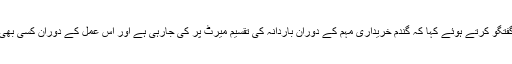
ڈپٹی کمشنر سائرہ عمر نے اس موقع پر کسانوں سے گفتگو کرتے ہوئے کہا کہ گندم خریداری مہم کے دوران باردانہ کی تقسیم میرٹ پر کی جارہی ہے اور اس عمل کے دوران کسی بھی قسم کی بدعنوانی یا کرپشن برداشت نہیں کی جائیگی ۔